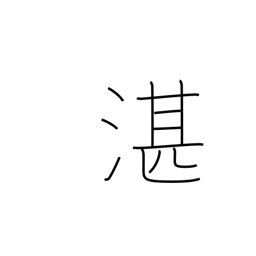
Meaning: deep